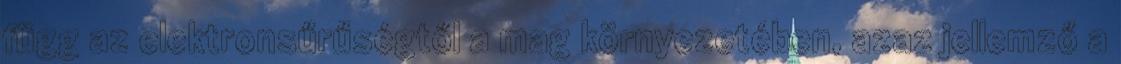
függ az elektronsűrűségtől a mag környezetében, azaz jellemző a